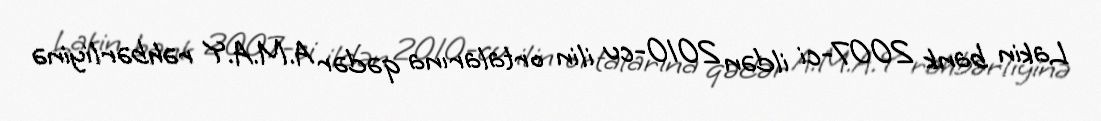
Lakin bank 2007-ci ildən 2010-cu ilin ortalarına qədər A.M.A.Y rəhbərliyinə